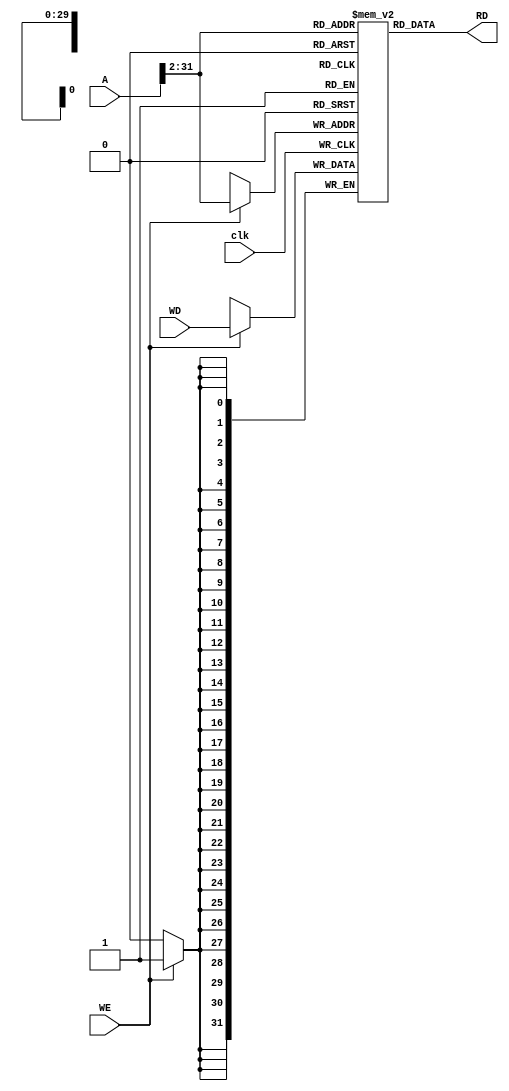
module MemData(
    output [31:0] RD,
    input [31:0] A,
    input [31:0] WD,
    input WE,
    input clk
);

//Lo stato interno della memoria dati  data da un array di 32 bit, in totale indirizzabili da 32 bit quindi
// 2**32:
reg [31:0] data [0:2**32-1];
//indice per inizializzare la memoria a 0
integer i;
//inizializzazione memoria dati, per semplicit tutti 0
initial
    begin
        for(i=0;i<2**32-1;i++)
            data[i] = 0;
    end

//la scrittura in memoria va fatta solo quando il fronte del ciclo di clock  alto e il WE  alto.
always @(posedge clk)
    begin
        if(WE)
            data[A[31:2]] <= WD; 
    end

//Infine la lettura dalla memoria
assign
    RD = data[A[31:2]];
endmodule